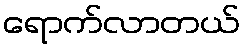
ရောက်လာတယ်